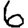
Digit: 6